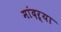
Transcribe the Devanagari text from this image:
मांदऱ्या